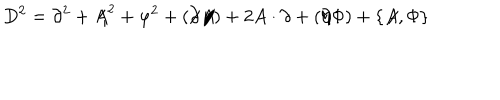
D ^ { 2 } = \partial ^ { 2 } + A \! \! \! / ^ { 2 } + \varphi ^ { 2 } + ( \partial \! \! \! / A \! \! \! / ) + 2 A \cdot \partial + ( \partial \! \! \! / \Phi ) + \{ A \! \! \! / , \Phi \}